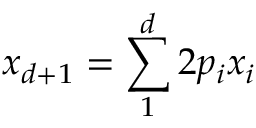
x _ { d + 1 } = \sum _ { 1 } ^ { d } 2 p _ { i } x _ { i }